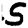
Digit: 5